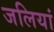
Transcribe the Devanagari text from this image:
जलियां